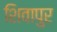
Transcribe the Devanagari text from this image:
शिवापुर